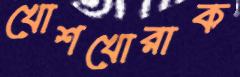
খোশখোরাক